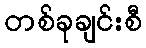
တစ်ခုချင်းစီ